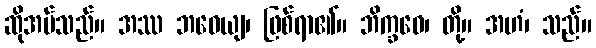
ဆိုအပ်သည်။ အဿ ဘဝေယျ၊ ဖြစ်ရာ၏။ ဘိက္ခဝေ၊ တို့။ အဟံ၊ သည်။